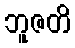
ဘူဇတိ